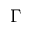
\Gamma